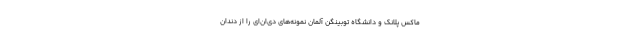
ماکس پلانک و دانشگاه توبینگن آلمان نمونه‌های دی‌ان‌ای را از دندان